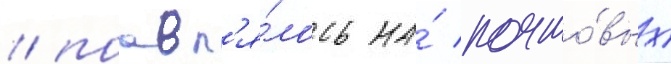
/ поавл'я́лось на́ почто́вых